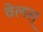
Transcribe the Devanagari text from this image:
वेलस्